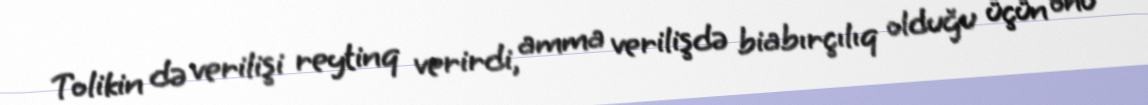
Tolikin də verilişi reytinq verirdi, amma verilişdə biabırçılıq olduğu üçün onu